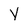
Character: Y